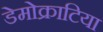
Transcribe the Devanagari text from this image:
डेमोक्राटिया